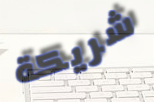
شريكة